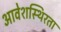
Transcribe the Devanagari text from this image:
आवेशस्थिरता